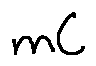
m C